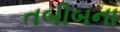
તબીબના